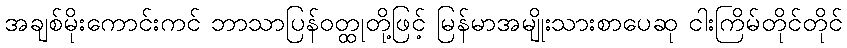
အချစ်မိုးကောင်းကင် ဘာသာပြန်ဝတ္ထုတို့ဖြင့် မြန်မာအမျိုးသားစာပေဆု ငါးကြိမ်တိုင်တိုင်